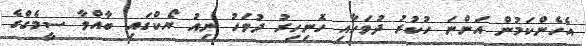
އެހެންކަމުން އަންނަ ހުކުރު ދުވަހާއި ހޮނިހިރު ދުވަހު ނިއު ޔޯކްގައި ބާއްވާ ސީމެގްގެ